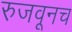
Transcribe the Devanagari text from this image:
रुजवूनच